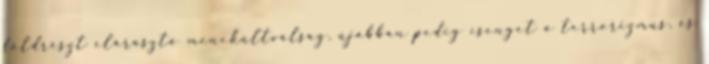
földrészt elárasztó menekültválság, újabban pedig csenget a terrorizmus, és